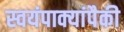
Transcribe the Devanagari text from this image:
स्वयंपाक्यांपैकी